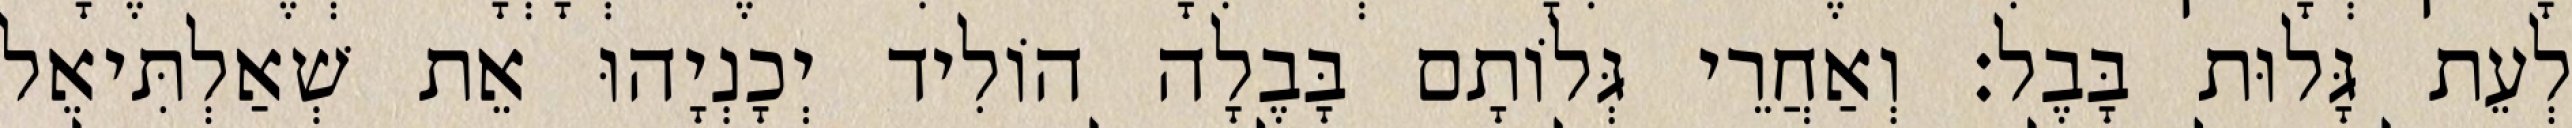
לְעֵת גָּלוּת בָּבֶל׃ וְאַחֲרֵי גְּלוֹתָם בָּבֶלָה הוֹלִיד יְכָנְיָהוּ אֵת שְׁאַלְתִּיאֵל